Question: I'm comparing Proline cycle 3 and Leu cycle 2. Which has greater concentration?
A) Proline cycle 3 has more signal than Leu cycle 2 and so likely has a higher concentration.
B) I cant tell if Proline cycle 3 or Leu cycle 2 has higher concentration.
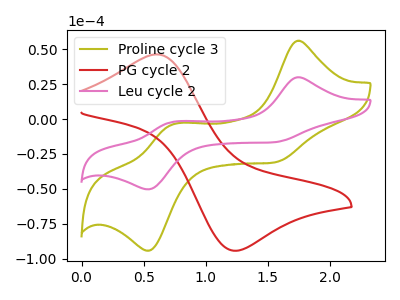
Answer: <think>The olive curve "Proline cycle 3" has anodic peaks at (1.75V, 56.05uA) (0.75V, -3.85uA) and cathodic peaks at (1.55V, -31.20uA) (0.55V, -94.25uA). The red curve "PG cycle 2" has an anodic peak at (0.60V, 46.30uA) and a cathodic peak at (1.25V, -94.30uA). The pink curve "Leu cycle 2" has anodic peaks at (1.75V, 29.90uA) (0.75V, -2.05uA) and cathodic peaks at (1.55V, -16.65uA) (0.55V, -50.30uA).
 All the peaks in "Proline cycle 3" have a peak in "Leu cycle 2" at the same potential.</think>
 <answer>B) I cant tell if "Proline cycle 3" or "Leu cycle 2" has higher concentration.</answer>
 <eval>B</eval>